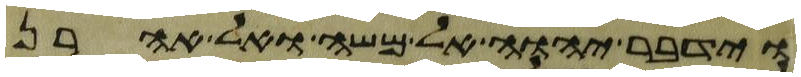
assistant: וידבר יהוה אל משה ואל אהרן